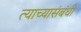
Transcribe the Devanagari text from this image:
त्याच्यासंबंधी